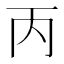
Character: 丙